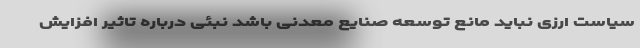
سیاست ارزی نباید مانع توسعه صنایع معدنی باشد نبئی درباره تاثیر افزایش